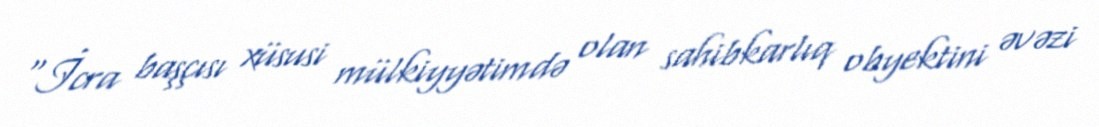
“İcra başçısı xüsusi mülkiyyətimdə olan sahibkarlıq obyektini əvəzi